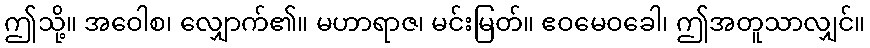
ဤသို့။ အဝေါစ၊ လျှောက်၏။ မဟာရာဇ၊ မင်းမြတ်။ ဧဝမေဝခေါ၊ ဤအတူသာလျှင်။